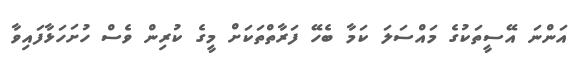
އަންނަ އޭސީތަކުގެ މައްސަލަ ކަމާ ބެހޭ ފަރާތްތަކަށް މީގެ ކުރިން ވެސް ހުށަހަޅާފައިވާ